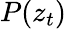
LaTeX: P(z_{t})